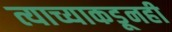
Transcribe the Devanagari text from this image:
त्याच्याकडूनही